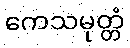
ကေသမုတ္တံ